Report of the Indian Hemp Drugs Commission, 1894-1895 - Volume VIII
Year: 1894
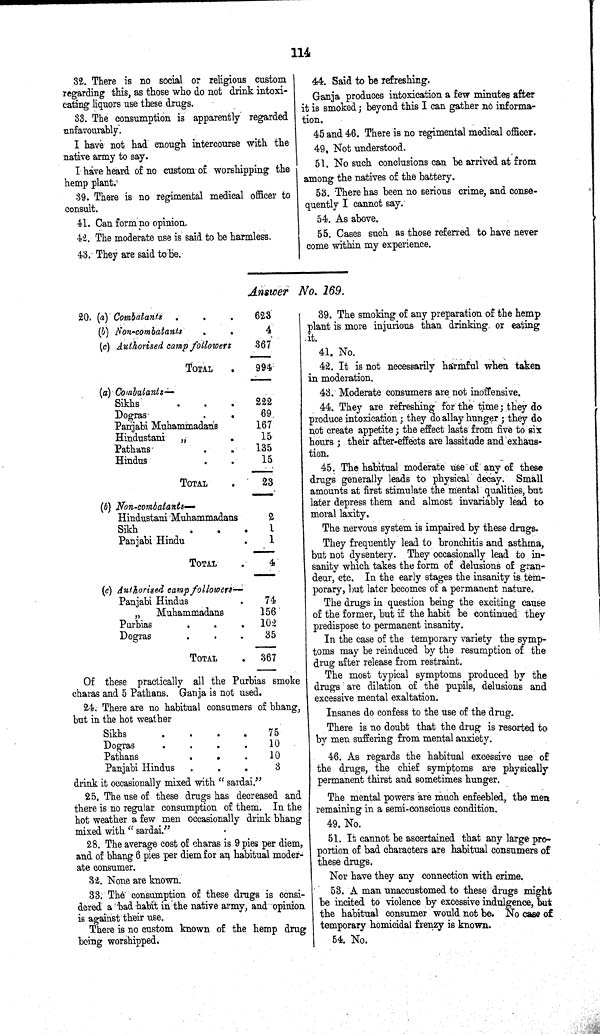
114
32. There is no social or religious custom
regarding this, as those who do not drink intoxi¬
cating liquors use these drugs.
33. The consumption is apparently regarded
unfavourably.
I have not had enough intercourse with the
native army to say.
I have heard of no custom of worshipping the
hemp plant.
39. There is no regimental medical officer to
consult.
41. Can form no opinion.
42. The moderate use is said to be harmless.
43. They are said to be.
44. Said to be refreshing.
Ganja produces intoxication a few minutes after
it is smoked; beyond this I can gather no informa¬
tion.
45 and 46. There is no regimental medical officer.
49. Not understood.
51. No such conclusions can be arrived at from
among the natives of the battery.
53. There has been no serious crime, and conse¬
quently I cannot say.
54. As above.
55. Cases such as those referred to have never
come within my experience.
Answer No. 169.
20. (a) Combatants
623
(b) Non-combatants
4
(c) Authorised camp followers
367
TOTAL
994
(a) Combatants—
Sikhs
222
Dogras
69
Panjabi Muhammadans
167
Hindustani
"
15
Pathans
135
Hindus
15
TOTAL
23
(b) Non-combatants—
Hindustani Muhammadans
2
Sikh
1
Panjabi Hindu
1
TOTAL
4
(c) Authorised camp followers—
Panjabi Hindus
74
"
Muhammadans
156
Purbias
102
Dogras
35
TOTAL
367
Of these practically all the Purbias smoke
charas and 5 Pathans. Ganja is not used.
24. There are no habitual consumers of bhang,
but in the hot weather
Sikhs
75
Dogras
10
Pathans
10
Panjabi Hindus
3
drink it occasionally mixed with "sardai."
25. The use of these drugs has decreased and
there is no regular consumption of them. In the
hot weather a few men occasionally drink bhang
mixed with "sardai."
28. The average cost of charas is 9 pies per diem,
and of bhang 6 pies per diem for an habitual moder¬
ate consumer.
32. None are known.
33. The consumption of these drugs is consi¬
dered a bad habit in the native army, and opinion
is against their use.
There is no custom known of the hemp drug
being worshipped.
39. The smoking of any preparation of the hemp
plant is more injurious than drinking, or eating
it.
41. No.
42. It is not necessarily harmful when taken
in moderation.
43. Moderate consumers are not inoffensive.
44. They are refreshing for the time; they do
produce intoxication; they do allay hunger; they do
not create appetite; the effect lasts from five to six
hours; their after effects are lassitude and exhaus¬
tion.
45. The habitual moderate use of any of these
drugs generally leads to physical decay. Small
amounts at first stimulate the mental qualities, but
later depress them and almost invariably lead to
moral laxity.
The nervous system is impaired by these drugs.
They frequently lead to bronchitis and asthma,
but not dysentery. They occasionally lead to in¬
sanity which takes the form of delusions of gran¬
deur, etc. In the early stages the insanity is tem¬
porary, but later becomes of a permanent nature.
The drugs in question being the exciting cause
of the former, but if the habit be continued they
predispose to permanent insanity.
In the case of the temporary variety the symp¬
toms may be reinduced by the resumption of the
drug after release from restraint.
The most typical symptoms produced by the
drugs are dilation of the pupils, delusions and
excessive mental exaltation.
Insanes do confess to the use of the drug.
There is no doubt that the drug is resorted to
by men suffering from mental anxiety.
46. As regards the habitual excessive use of
the drugs, the chief symptoms are physically
permanent thirst and sometimes hunger.
The mental powers are much enfeebled, the men
remaining in a semi-conscious condition.
49. No.
51. It cannot be ascertained that any large pro¬
portion of bad characters are habitual consumers of
these drugs.
Nor have they any connection with crime.
53. A man unaccustomed to these drugs might
be incited to violence by excessive indulgence, but
the habitual consumer would not be. No case of
temporary homicidal frenzy is known.
54. No.